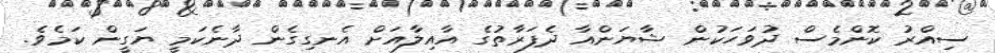
ސިއްރު ކޮންމެސް ދުވަހަކުން ޝާޔަންއާ ދެފަރާތުގެ އާއިލާއަށް އެނގިގެން ދާނެކަމީ ޔަގީން ކަމެވެ.